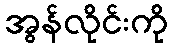
အွန်လိုင်းကို